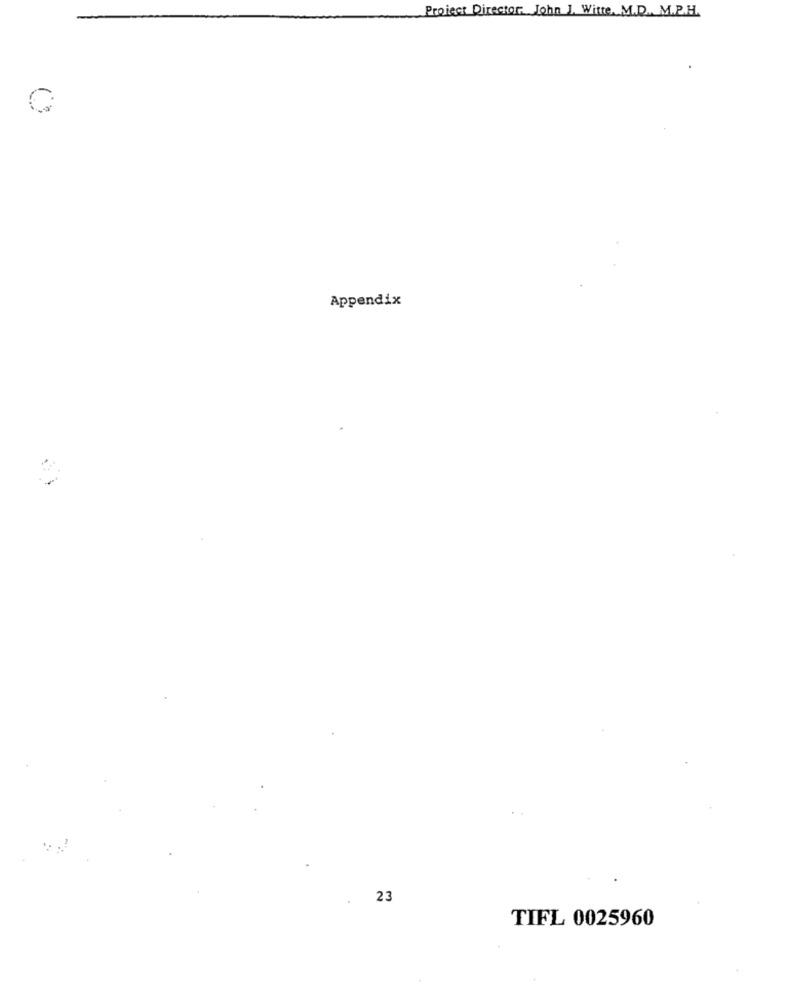
Project Director, John J. Witte. M.D. M.P.H.
Appendix
23
TIFL 0025960